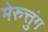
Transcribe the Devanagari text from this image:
मेरुत्तुंग